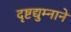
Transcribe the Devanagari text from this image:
दृष्टद्युम्नाने